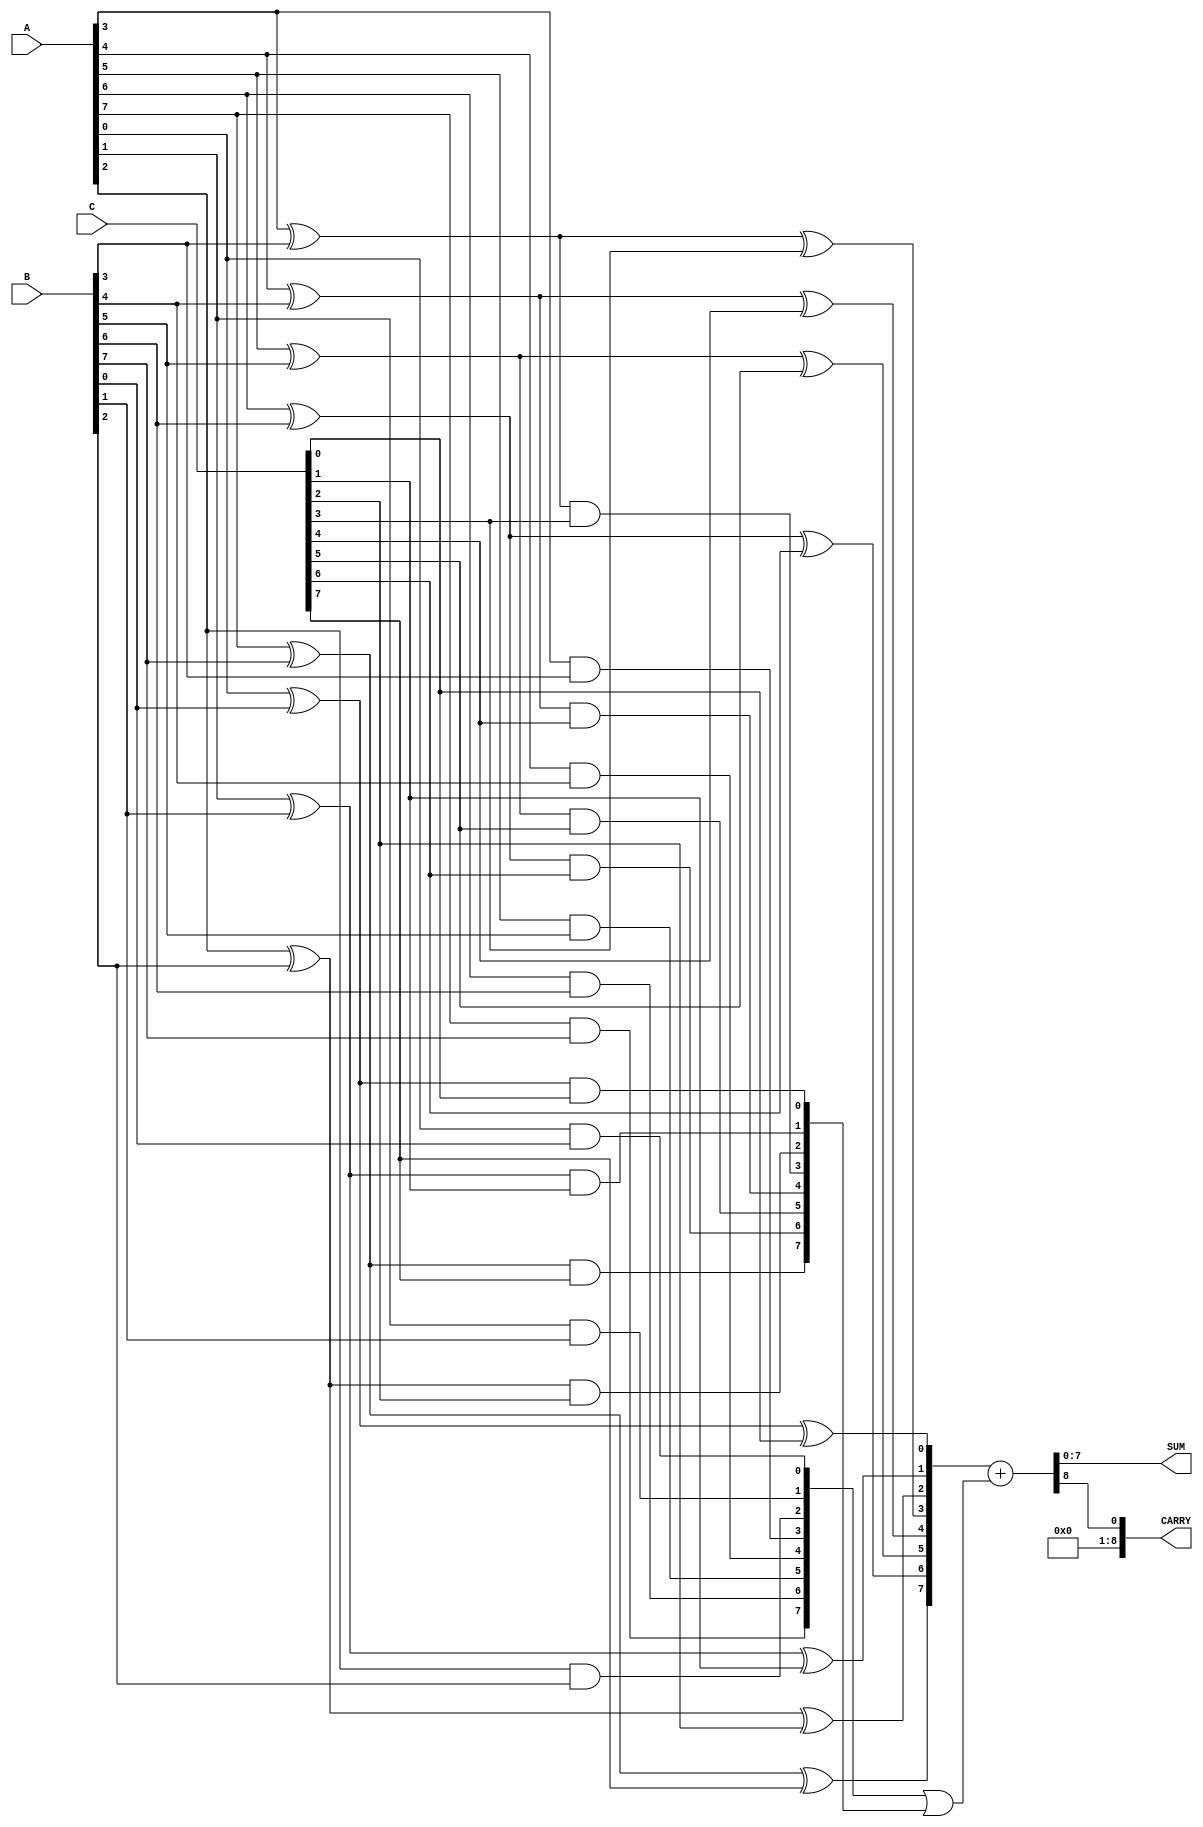
module ModifiedCarrySaveAdder #(
    parameter WIDTH = 8  // Bit width of the inputs
) (
    input  [WIDTH-1:0] A,  // First operand
    input  [WIDTH-1:0] B,  // Second operand
    input  [WIDTH-1:0] C,  // Third operand
    output [WIDTH-1:0] SUM, // Sum output
    output [WIDTH:0] CARRY   // Carry output (WIDTH+1 to accommodate overflow)
);

// Intermediate signals for carry and sum
wire [WIDTH-1:0] sum1, sum2, carry1, carry2;

// Stage 1: Carry-save addition of A, B
genvar i;
generate
    for (i = 0; i < WIDTH; i = i + 1) begin : stage1
        assign sum1[i] = A[i] ^ B[i];        // Sum of A and B
        assign carry1[i] = A[i] & B[i];      // Carry from A and B
    end
endgenerate

// Stage 2: Carry-save addition of sum1 and C
generate
    for (i = 0; i < WIDTH; i = i + 1) begin : stage2
        assign sum2[i] = sum1[i] ^ C[i];    // Sum of sum1 and C
        assign carry2[i] = sum1[i] & C[i];   // Carry from sum1 and C
    end
endgenerate

// Final Carry Propagation
wire [WIDTH-1:0] final_carry;
wire [WIDTH:0] final_sum;

assign final_carry = carry1 | carry2; // Combine carries from both stages
assign final_sum = {1'b0, sum2} + final_carry; // Final sum with carry propagation

// Outputs
assign SUM = final_sum[WIDTH-1:0]; // Lower bits as sum output
assign CARRY = final_sum[WIDTH];    // Highest bit as carry output

endmodule